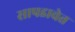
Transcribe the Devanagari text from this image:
सापडावेत